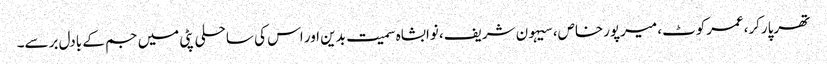
تھرپارکر،عمرکوٹ، میرپورخاص، سیہون شریف، نوابشاہ سمیت بدین اور اس کی ساحلی پٹی میں جم کے بادل برسے۔